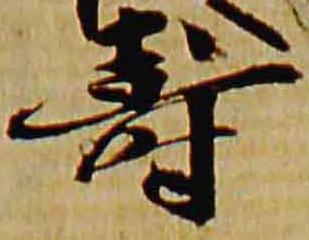
寿